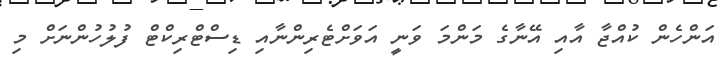
އަންހެން ކުއްޖާ އާއި އޭނާގެ މަންމަ ވަނީ އަވަށްޓެރިންނާއި ޑިސްޓްރިކްޓް ފުލުހުންނަށް މި